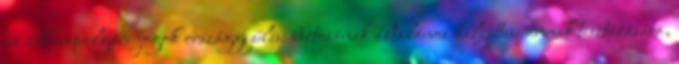
az állampolgári jogok országgyűlési biztosának általános helyettese annak tisztázására,